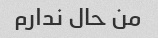
من حال ندارم